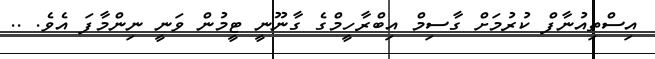
އިސްތިއުނާފް ކުރުމަށް ގާސިމް އިބްރާހީމްގެ ގާނޫނީ ޓީމުން ވަނީ ނިންމާފަ އެވެ. ..